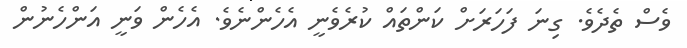
ވެސް ތެދެވެ. ގިނަ ފަހަރަށް ކަންތައް ކުރެވެނީ އެހެންނެވެ. އެހެން ވަނީ އަންހެނުން